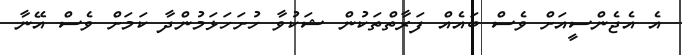
އެ އެޖެންސީއަށް ވެސް ބައެއް ފަރާތްތަކުން ޝަކުވާ ހުށަހަޅަމުންދާ ކަމަށް ވެސް އޭނާ